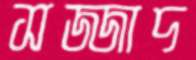
সজ্জাদ